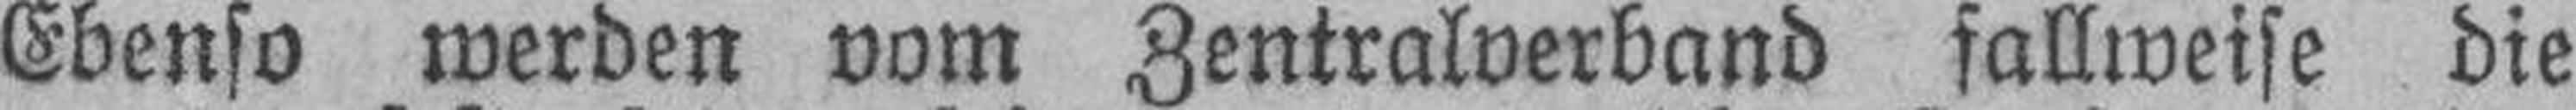
Ebenso werden vom Zentralverband fallweise die